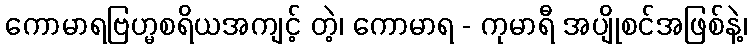
ကောမာရဗြဟ္မစရိယအကျင့် တဲ့၊ ကောမာရ - ကုမာရီ အပျိုစင်အဖြစ်နဲ့၊